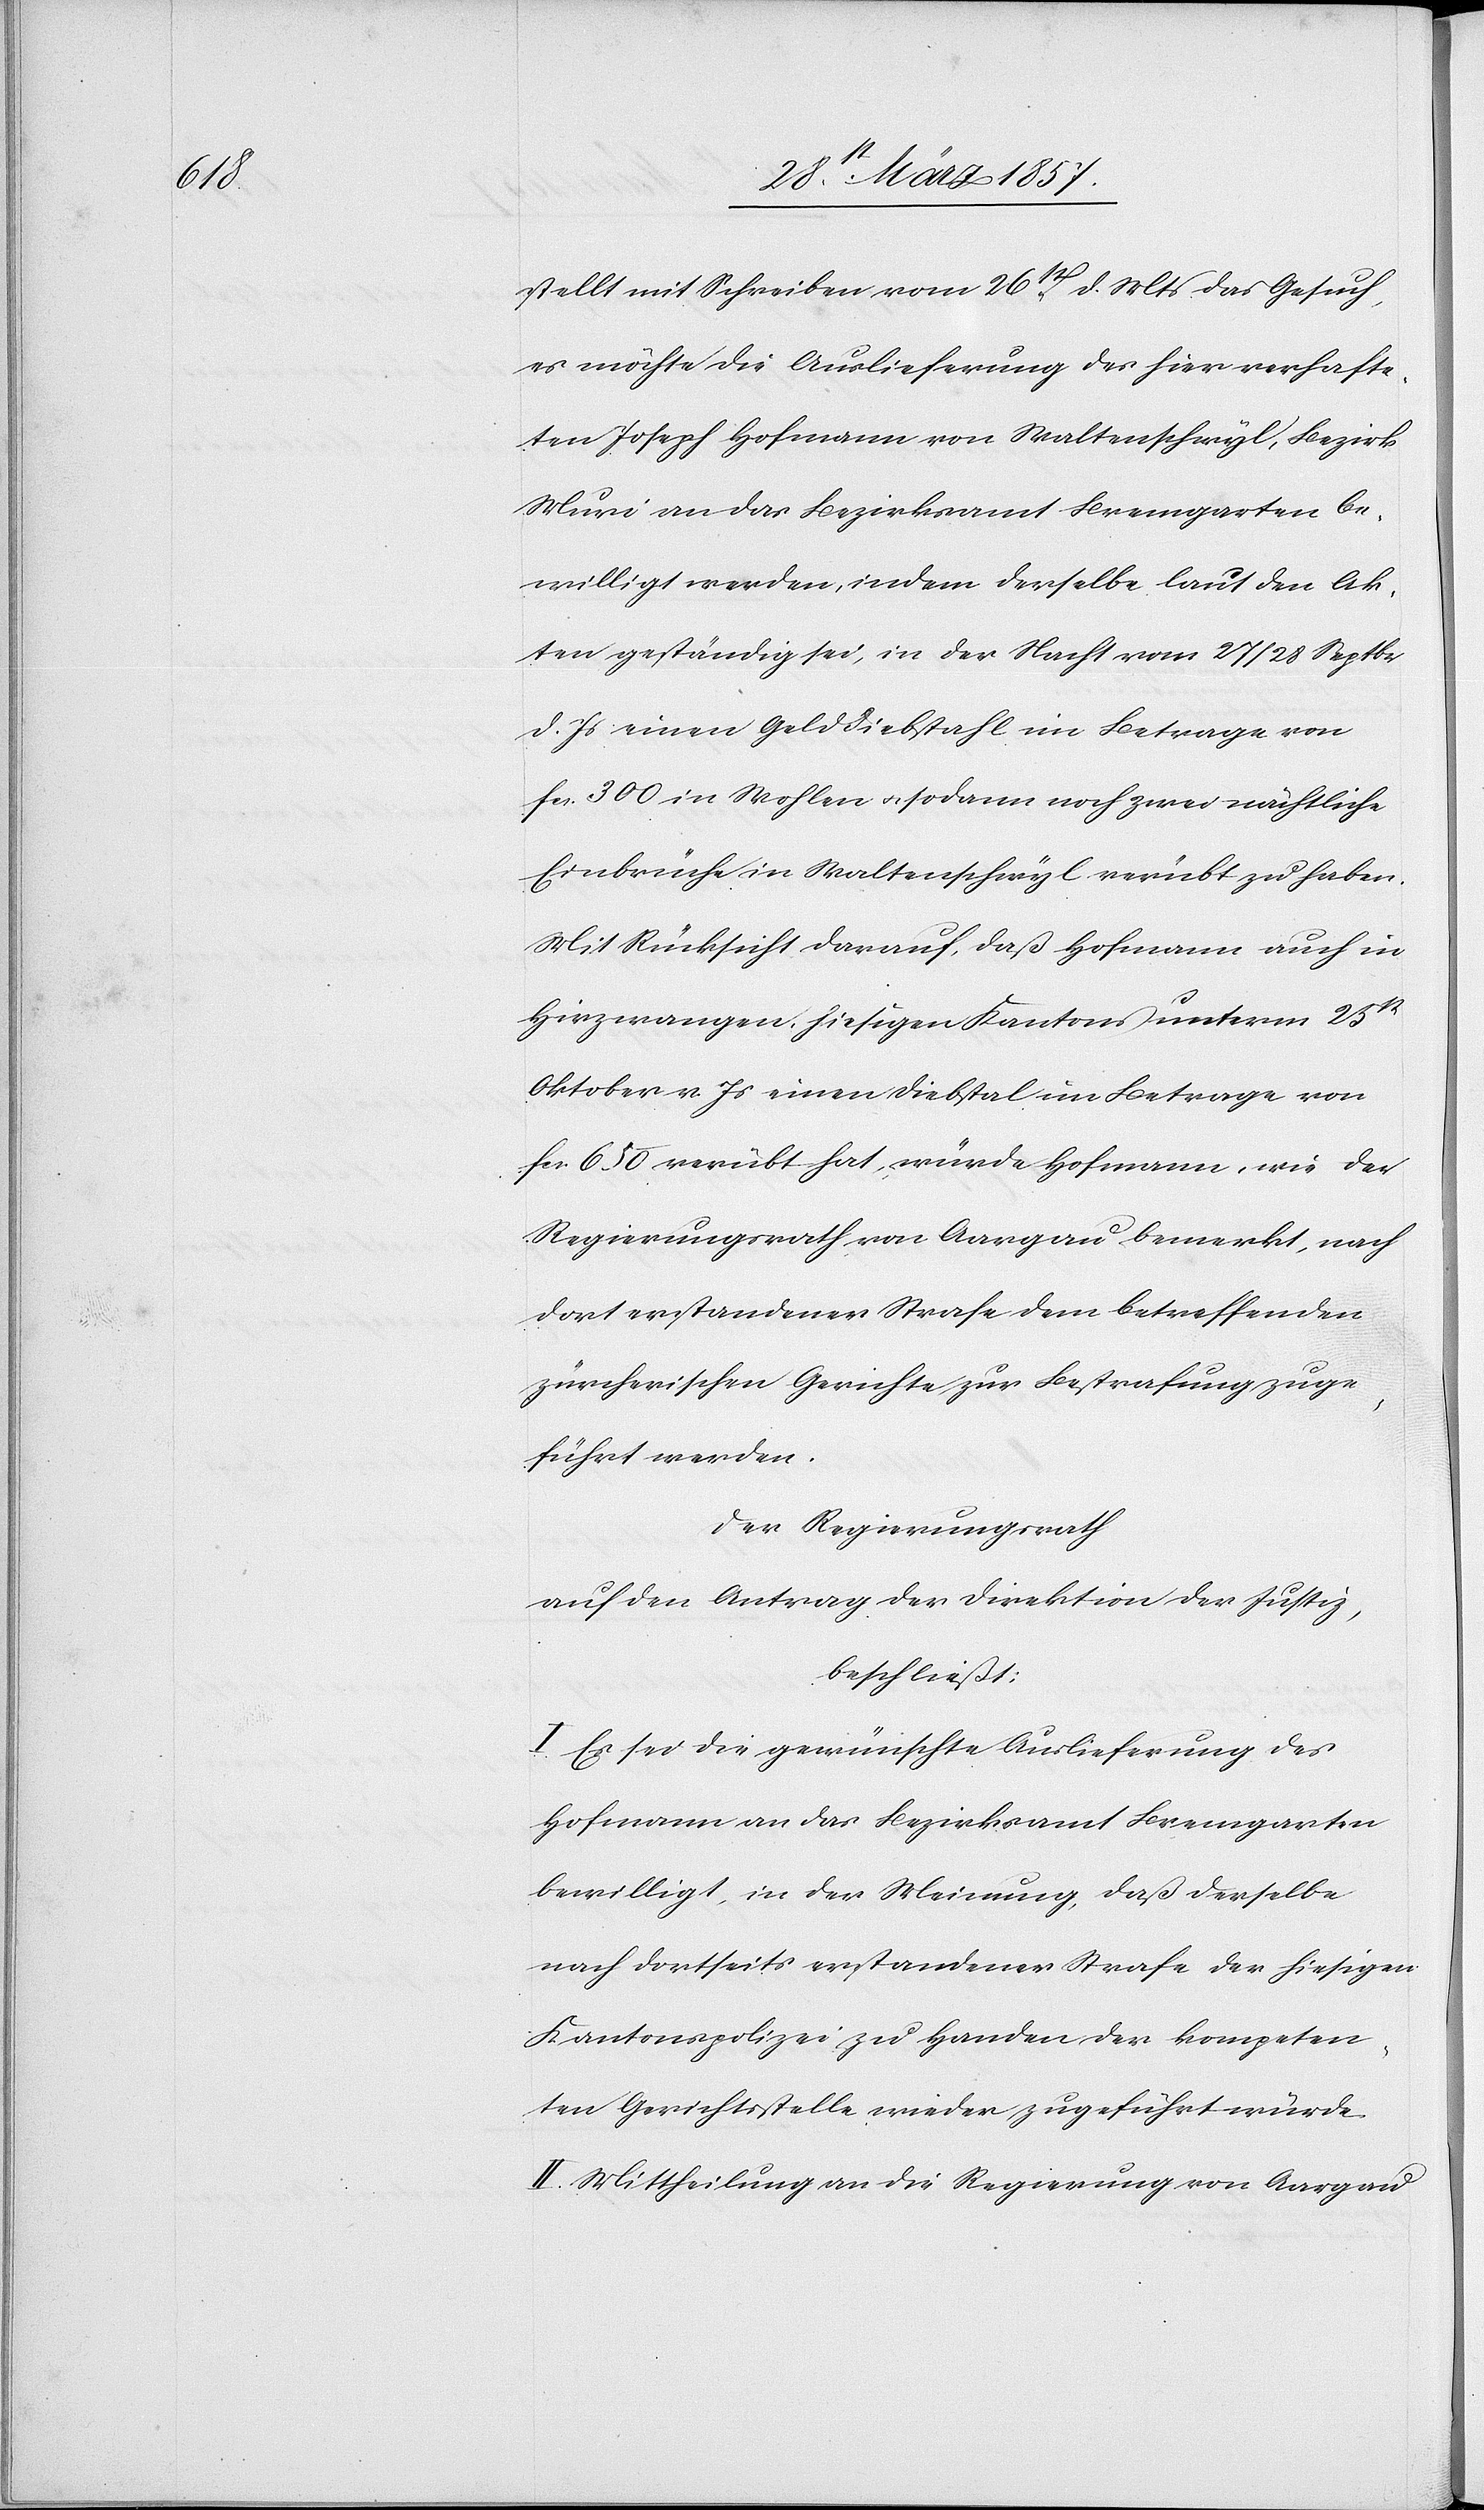
stellt mit Schreiben vom 26st d. Mts das Gesuch,
es möchte die Auslieferung des hier verhafte¬
ten Joseph Hofmann von Waltenschwyl, Bezirk
Muri an das Bezirksamt Bremgarten be¬
willigt werden, indem derselbe laut den Ak¬
ten geständig sei, in der Nacht vom 27/28 Septbr
d. Js einen Gelddiebstahl im Betrage von
fr. 300 in Wohlen u. sodann noch zwei nächtliche
Einbrüche in Waltenschwyl verübt zu haben.
Mit Rücksicht darauf, daß Hofmann auch in
Hirzwangen, hiesigen Kantons unterm 25st
Oktober v. Js einen Diebstal im Betrage von
fr. 650 verübt hat, würde Hofmann, wie der
Regierungsrath von Aargau bemerkt, nach
dort erstandener Strafe dem betreffenden
zürcherischen Gerichte zur Bestrafung zuge¬
führt werden.
Der Regierungsrath
auf den Antrag der Direktion der Justiz,
beschließt:
I. Es sei die gewünschte Auslieferung des
Hofmann an das Bezirksamt Bremgarten
bewilligt, in der Meinung, daß derselbe
nach dortseits erstandener Strafe der hiesigen
Kantonspolizei zu Handen der kompeten¬
ten Gerichtsstelle wieder zugeführt würde.
II. Mittheilung an die Regierung von Aargau